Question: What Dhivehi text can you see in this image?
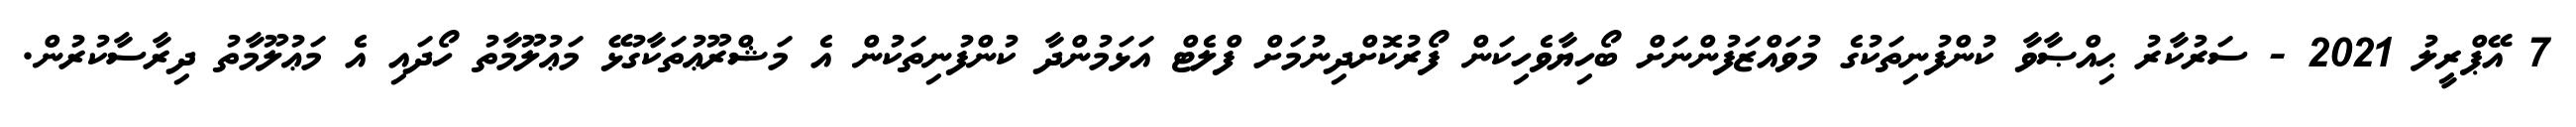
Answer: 7 އޭޕްރީލު 2021 - ސަރުކާރު ޙިއްޞާވާ ކުންފުނިތަކުގެ މުވައްޒަފުންނަށް ބޯހިޔާވެހިކަން ފޯރުކޮށްދިނުމަށް ފްލެޓް އަޅަމުންދާ ކުންފުނިތަކުން އެ މަޝްރޫޢުތަކާގުޅޭ މަޢުލޫމާތު ހޯދައި އެ މަޢުލޫމާތު ދިރާސާކުރުން.